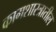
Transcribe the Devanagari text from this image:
कामशास्त्रातील